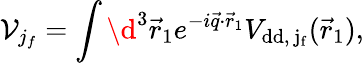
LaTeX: \mathcal{V}_{j_{f}}=\int\d^{3}\vec{r}_{1}e^{-i\vec{q}\cdot\vec{r}_{1}}V_{\mathrm{{dd},\, j_{f}}}(\vec{r}_{1}),